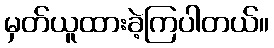
မှတ်ယူထားခဲ့ကြပါတယ်။